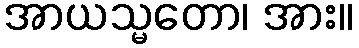
အာယသ္မတော၊ အား။